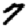
Digit: 7